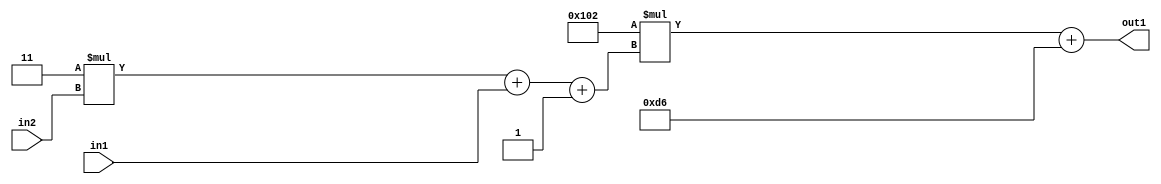
`timescale 1ps / 1ps
/*****************************************************************************
    Verilog RTL Description
    
    
    Created by: Stratus DpOpt 2019.1.01 
*******************************************************************************/

module DC_Filter_Add2i214Mul2i258Add3i1u1Mul2i3u2_4 (
	in2,
	in1,
	out1
	); /* architecture "behavioural" */ 
input [1:0] in2;
input  in1;
output [11:0] out1;
wire [11:0] asc001;
wire [3:0] asc002;

wire [3:0] asc002_tmp_0;
wire [3:0] asc002_tmp_1;
assign asc002_tmp_1 = 
	+(4'B0011 * in2);
assign asc002_tmp_0 = asc002_tmp_1
	+(in1);
assign asc002 = asc002_tmp_0
	+(4'B0001);

wire [11:0] asc001_tmp_2;
assign asc001_tmp_2 = 
	+(12'B000100000010 * asc002);
assign asc001 = asc001_tmp_2
	+(12'B000011010110);

assign out1 = asc001;
endmodule

/* CADENCE  vrTwQwE= : u9/ySgnWtBlWxVPRXgAZ4Og= ** DO NOT EDIT THIS LINE ******/